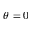
\theta = 0